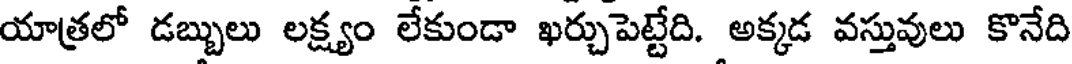
యాత్రలో డబ్బులు లక్ష్యం లేకుండా ఖర్చుపెట్టేది. అక్కడ వస్తువులు కొనేది